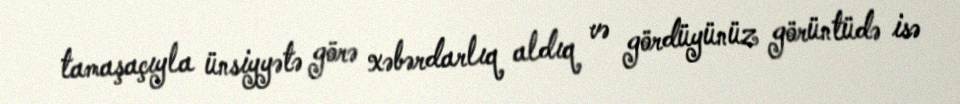
tamaşaçıyla ünsiyyətə görə xəbərdarlıq aldıq və gördüyünüz görüntüdə isə